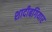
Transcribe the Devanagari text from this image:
शादीबगियार